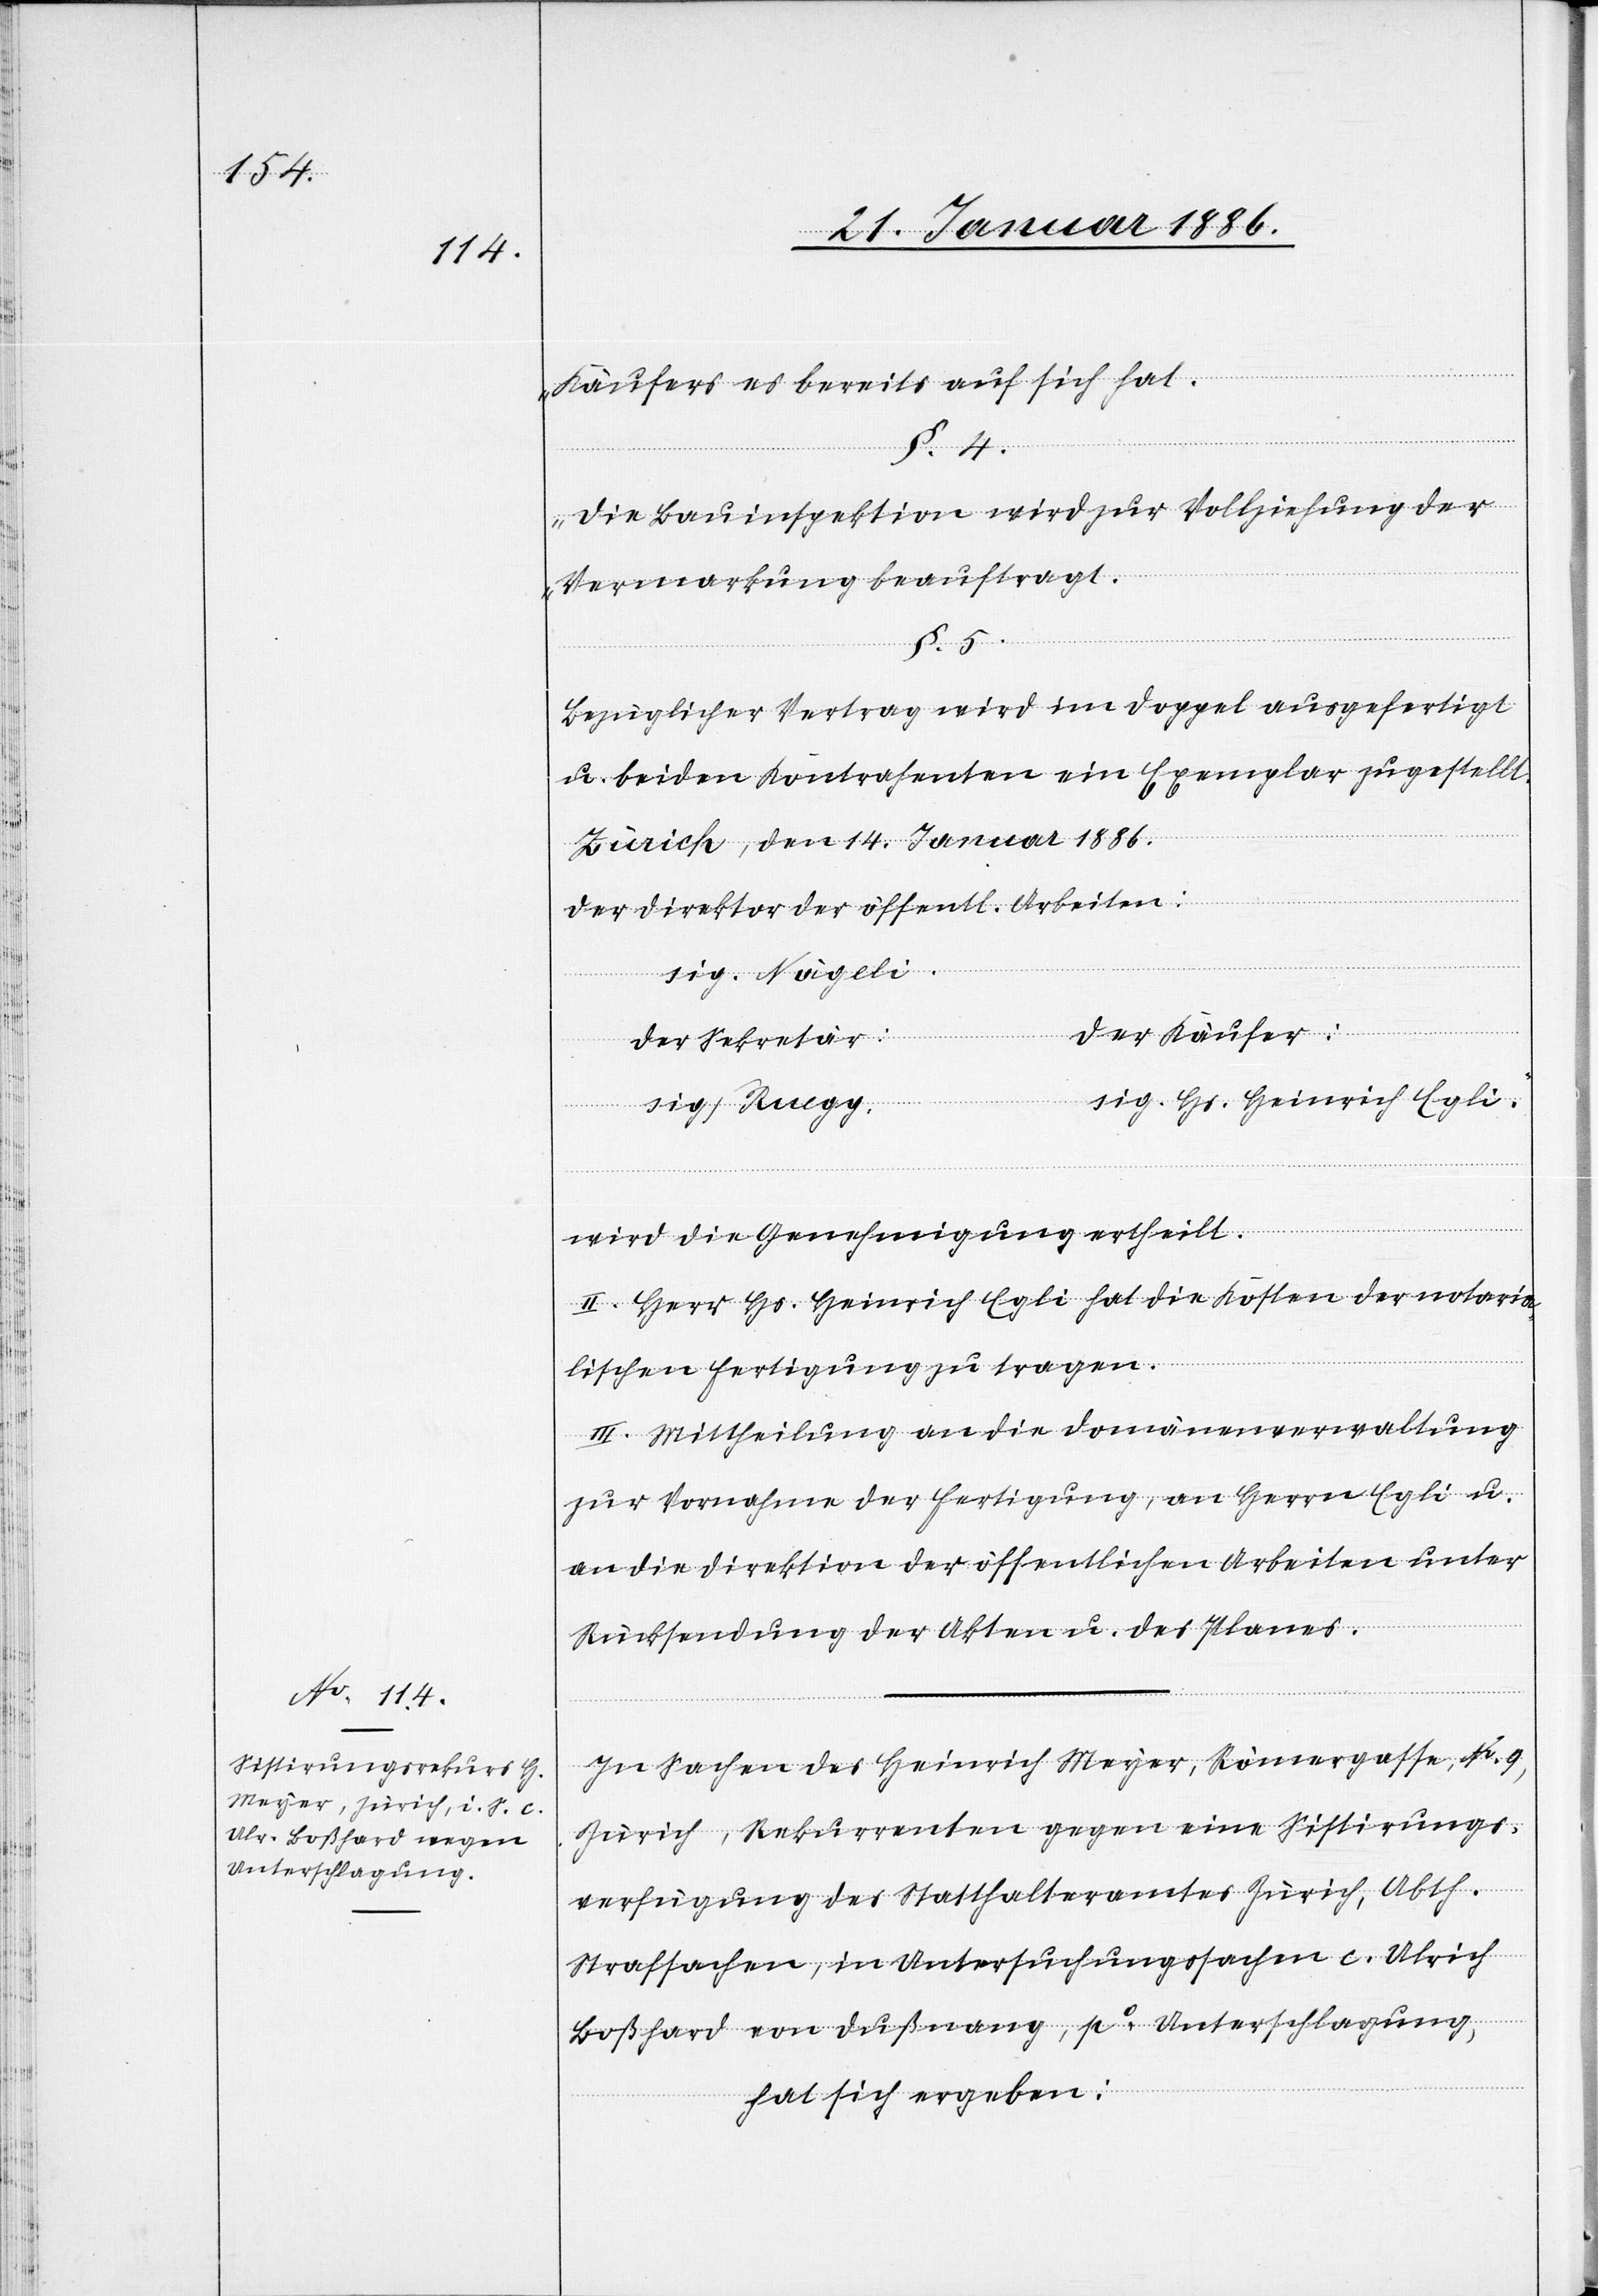
Käufers es bereits auf sich hat.
§. 5.
Die Bauinspektion wird zur Vollziehung der
Vermarkung beauftragt.
Bezüglicher Vertrag wird im Doppel ausgefertigt
u. beiden Kontrahenten ein Exemplar zugestellt.
Zürich, den 14. Januar 1886.
Der Direktion der öffentl. Arbeiten:
sig. Nägeli.
der Käufer:
der Sekretär:
sig. Hs. Heinrich Egli.“
sig. Ruegg.
wird die Genehmigung ertheilt.
II. Herr Hs. Heinrich Egli hat die Kosten der notaria¬
lischen Fertigung zu tragen.
III. Mittheilung an die Domänenverwaltung
zur Vornahme der Fertigung, an Herrn Egli u.
an die Direktion der öffentlichen Arbeiten unter
Rücksendung der Akten u. des Planes.
In Sache des Heinrich Meyer, Römergasse Nr. 9,
Zürich, Rekurrenten gegen eine Sistierungs¬
verfügung des Statthalteramtes Zürich, Abth.
Strafsachen, in Untersuchungssachen c. Ulrich
Boßhard von Dußnang, po Unterschlagung,
hat sich ergeben: